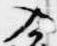
入